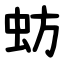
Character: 蚄